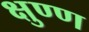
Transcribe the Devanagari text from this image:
क्षुण्ण